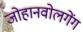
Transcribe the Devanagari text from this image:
जोहानवोलगेंग